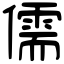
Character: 儒